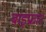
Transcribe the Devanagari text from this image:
बाइफ्रान